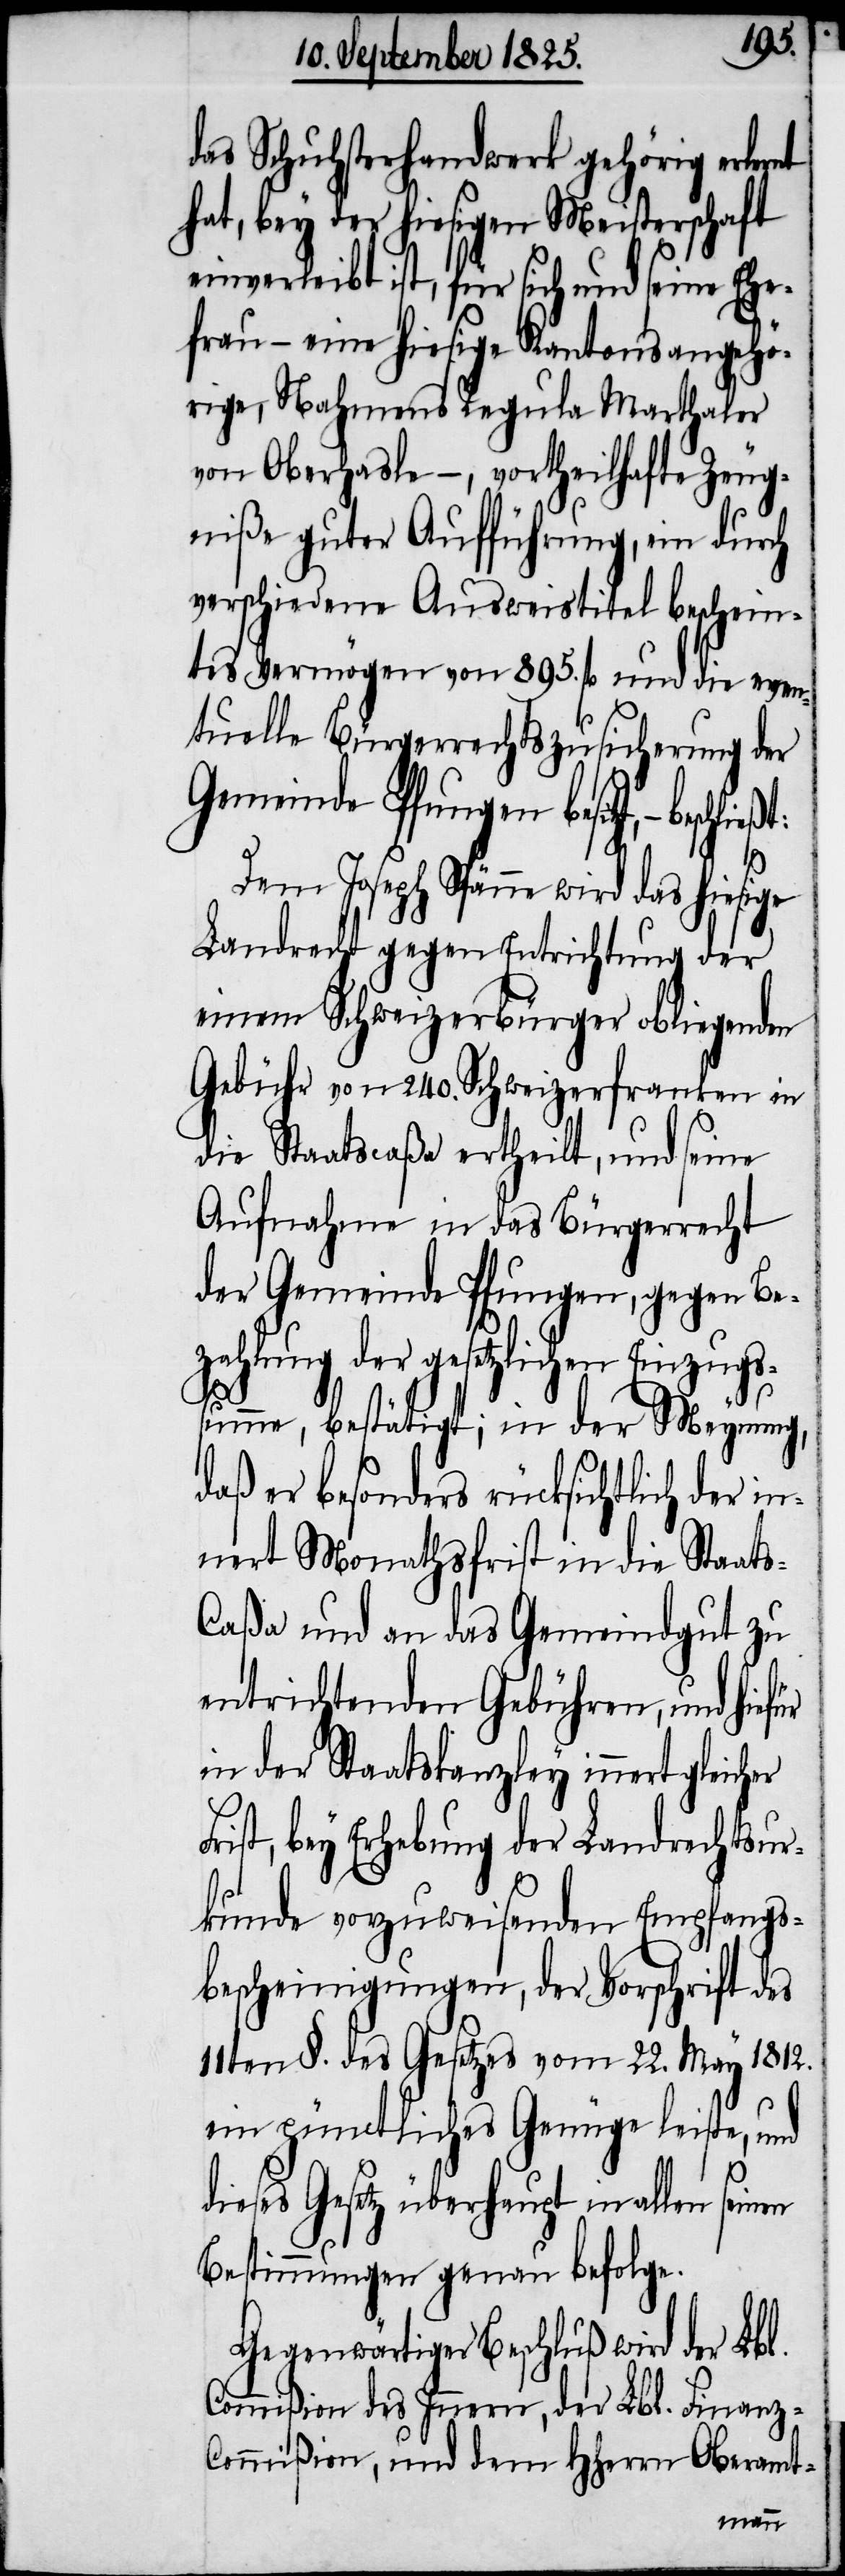
das Schuhsterhandwerk gehörig erken¬
hat, bey der hiesigen Meisterschaft
einverleibt ist, für sich und seine Ehe¬
frau – eine hiesige Kantonsangehö¬
rige, Nahmens Regula Marthaler
von Oberhasle –, vortheilhafte Zeug¬
niße guter Aufführung, ein durch
verschiedene Ausweistitel beschein¬
tes Vermögen von 895. fl und die even¬
tuelle Bürgerrechtszusicherung der
Gemeinde Pfungen besitzt,
F¬
Dem Joseph Spänne wird das hiesige
Landrecht gegen Entrichtung der
einem Schweizerbürger obliegenden
Gebühr von 240. Schweizerfranken in
die Staatscaße ertheilt, und seine
Aufnahme in das Bürgerrecht
der Gemeinde Pfungen, gegen Be¬
zahlung der gesetzliche Einzugs¬
summe, bestätigt; in der Meynung,
daß er besonders rücksichtlich der in¬
nert Monathsfrist in die Staat¬
aßa und an das Gemeindgut zu
entrichtenden Gebühren, und hie¬
in der Staatskanzley innert
rist, bey Erhebung der Landrechtsur¬
kunde vorzuweisenden Empfangs¬
bescheinigungen, der Vorschrift des
11ten §. des Gesetzes vom 22. May 1812.
ein pünctliches Genüge leiste, und
dieses Gesetz überhaupt in allen seinen
Bestimmungen genau befolge.
Gegenwärtiger Beschluß wird der Lbl.
Commißion des Innern, der Lbl. Finanz-C¬
ommißion, und dem HHerrn Oberamt-